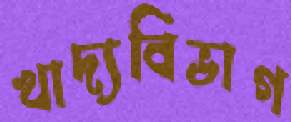
খাদ্যবিভাগ